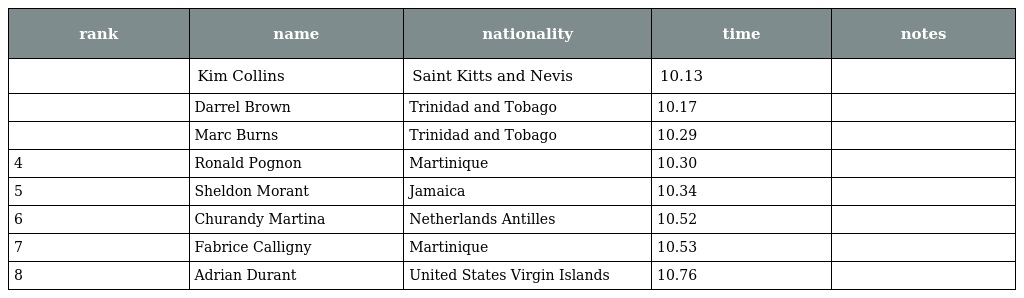
| rank | name | nationality | time | notes |
 | --- | --- | --- | --- | --- |
 |  | Kim Collins | Saint Kitts and Nevis | 10.13 |  |
 |  | Darrel Brown | Trinidad and Tobago | 10.17 |  |
 |  | Marc Burns | Trinidad and Tobago | 10.29 |  |
 | 4 | Ronald Pognon | Martinique | 10.30 |  |
 | 5 | Sheldon Morant | Jamaica | 10.34 |  |
 | 6 | Churandy Martina | Netherlands Antilles | 10.52 |  |
 | 7 | Fabrice Calligny | Martinique | 10.53 |  |
 | 8 | Adrian Durant | United States Virgin Islands | 10.76 |  |